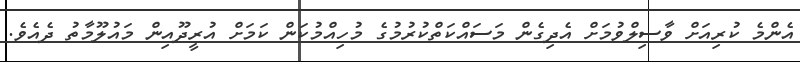
އެންމެ ކުރިއަށް ވާސިލްވުމަށް އެދިގެން މަސައްކަތްކުރުމުގެ މުހިއްމުކަން ކަމަށް އުރީދޫއިން މައުލޫމާތު ދެއެވެ.